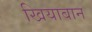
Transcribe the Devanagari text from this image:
खियाबान